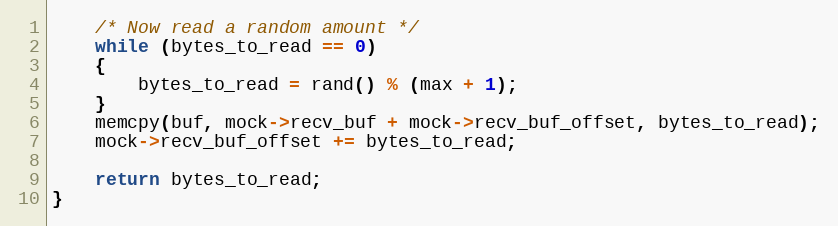
Language: C
	/* Now read a random amount */
	while (bytes_to_read == 0)
	{
		bytes_to_read = rand() % (max + 1);
	}
	memcpy(buf, mock->recv_buf + mock->recv_buf_offset, bytes_to_read);
	mock->recv_buf_offset += bytes_to_read;

	return bytes_to_read;
}